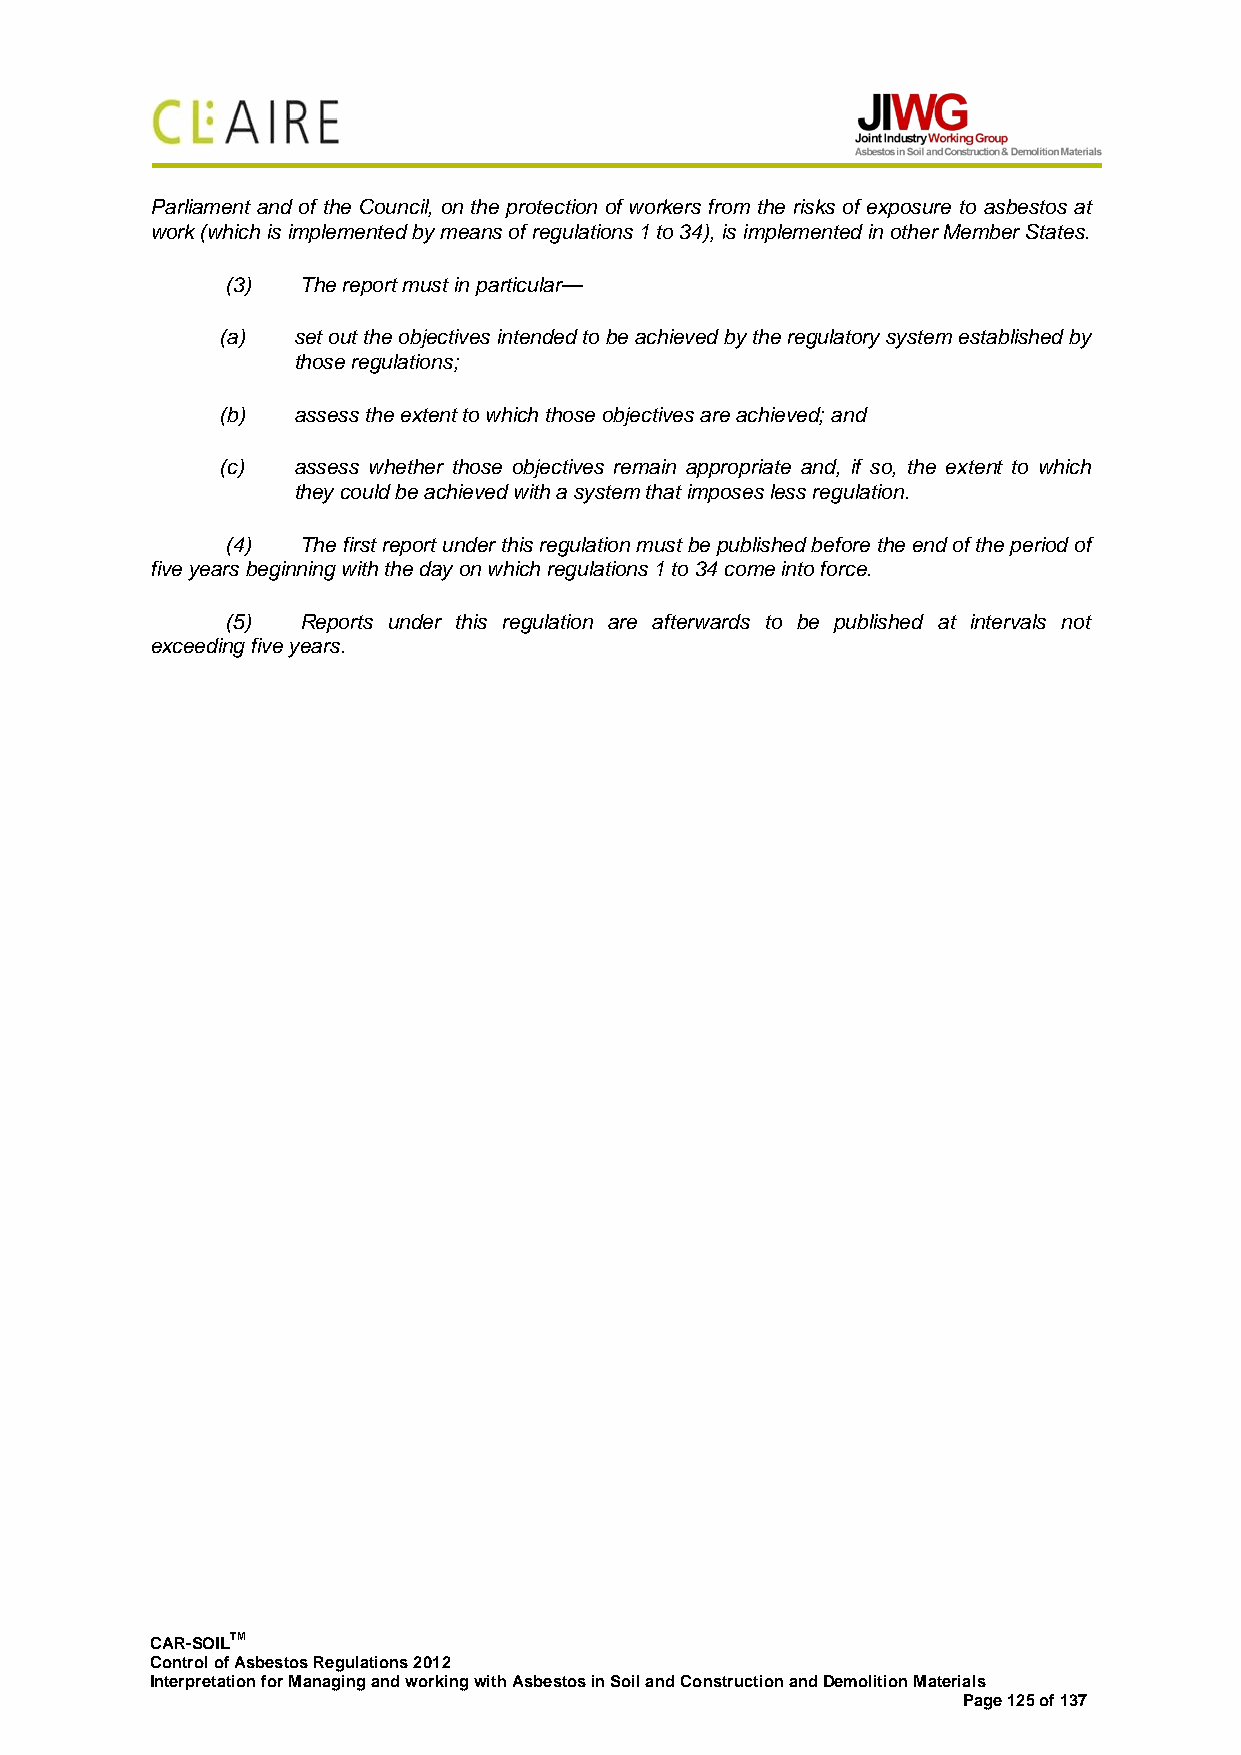
Parliament and of the Council, on the protection of workers from the risks of exposure to asbestos at
 work (which is implemented by means of regulations 1 to 34), is implemented in other Member States.
 (3)  The report must in particular—
 (a)  set out the objectives intended to be achieved by the regulatory system established by
 those regulations;
 (b)  assess the extent to which those objectives are achieved; and
 (c)  assess whether those objectives remain appropriate and, if so, the extent to which
 they could be achieved with a system that imposes less regulation.
 (4)  The first report under this regulation must be published before the end of the period of
 five years beginning with the day on which regulations 1 to 34 come into force.
 (5)  Reports under this regulation are afterwards to be published at intervals not
 exceeding five years.
 CAR-SOILTM
 Control of Asbestos Regulations 2012
 Interpretation for Managing and working with Asbestos in Soil and Construction and Demolition Materials
 Page 125 of 137